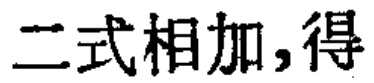
二式相加,得